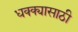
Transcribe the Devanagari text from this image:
धक्क्यासाठी